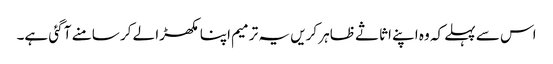
اس سے پہلے کہ وہ اپنے اثاثے ظاہر کریں یہ ترمیم اپنا مکھڑا لے کر سامنے آ گئی ہے۔